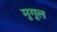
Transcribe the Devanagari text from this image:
मुगूल